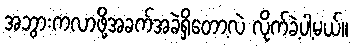
အဘွားကလာဖို့အခက်အခဲရှိတော့လဲ လိုက်ခဲ့ပါ့မယ်။